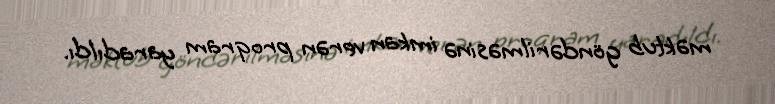
məktub göndərilməsinə imkan verən proqram yaradıldı.